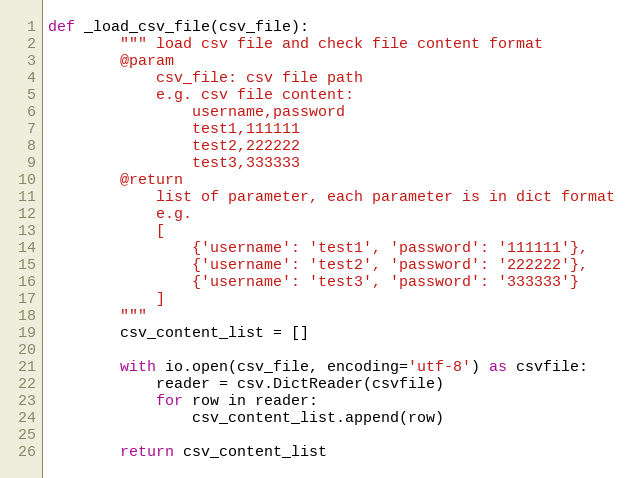
Language: Python
def _load_csv_file(csv_file):
        """ load csv file and check file content format
        @param
            csv_file: csv file path
            e.g. csv file content:
                username,password
                test1,111111
                test2,222222
                test3,333333
        @return
            list of parameter, each parameter is in dict format
            e.g.
            [
                {'username': 'test1', 'password': '111111'},
                {'username': 'test2', 'password': '222222'},
                {'username': 'test3', 'password': '333333'}
            ]
        """
        csv_content_list = []

        with io.open(csv_file, encoding='utf-8') as csvfile:
            reader = csv.DictReader(csvfile)
            for row in reader:
                csv_content_list.append(row)

        return csv_content_list